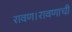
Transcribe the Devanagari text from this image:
रावण।रावणाची